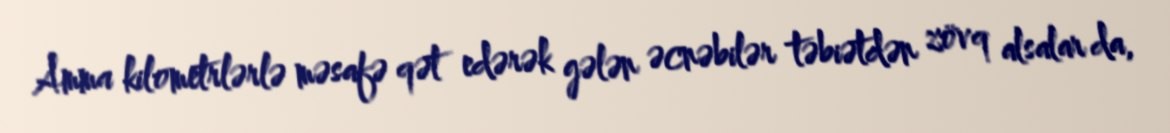
Amma kilometrlərlə məsafə qət edərək gələn əcnəbilər təbiətdən zövq alsalar da,